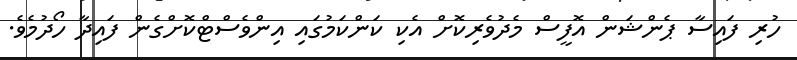
ހުރި ފައިސާ ޕެންޝަން އޮފީސް މެދުވެރިކޮށް އެކި ކަންކަމުގައި އިންވެސްޓްކޮށްގެން ފައިދާ ހޯދުމެވެ.